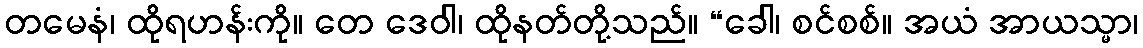
တမေနံ၊ ထိုရဟန်းကို။ တေ ဒေဝါ၊ ထိုနတ်တို့သည်။ “ခေါ၊ စင်စစ်။ အယံ အာယသ္မာ၊